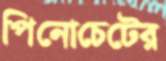
পিনোচেটের